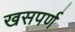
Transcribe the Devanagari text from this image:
खसपर्ण